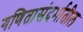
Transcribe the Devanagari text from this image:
गणितासंदर्भातील